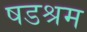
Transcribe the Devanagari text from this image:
षडश्रम